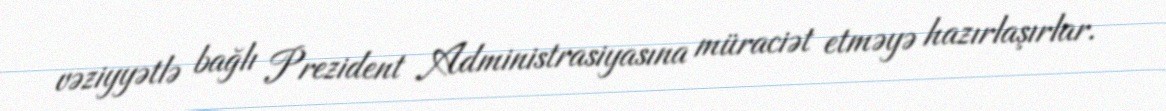
vəziyyətlə bağlı Prezident Administrasiyasına müraciət etməyə hazırlaşırlar.